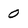
Character: 0